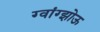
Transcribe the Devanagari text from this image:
ग्वांग्झोऊ